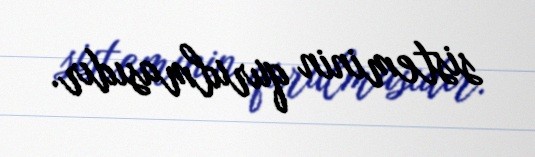
sisteminin qurulmasıdır.